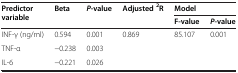
<table><thead><tr><td rowspan="2"><b>Predictor variable</b></td><td rowspan="2"><b>Beta</b></td><td rowspan="2"><b><i>P</i>-value</b></td><td rowspan="2"><b>Adjusted<sup>2</sup>R</b></td><td colspan="2"><b>Model</b></td></tr><tr><td><b>F-value</b></td><td><b><i>P</i>-value</b></td></tr></thead><tbody><tr><td>INF-γ (ng/ml)</td><td>0.594</td><td>0.001</td><td rowspan="3">0.869</td><td rowspan="3">85.107</td><td rowspan="3">0.001</td></tr><tr><td>TNF-α</td><td>−0.238</td><td>0.003</td></tr><tr><td>IL-6</td><td>−0.221</td><td>0.026</td></tr></tbody></table>